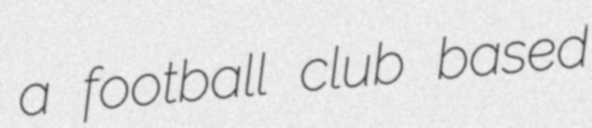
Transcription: a football club based